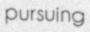
pursuing